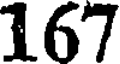
167